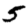
Digit: 5